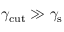
\gamma _ { \mathrm { c u t } } \gg \gamma _ { \mathrm { s } }